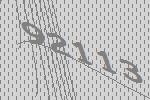
92113